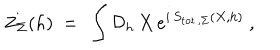
LaTeX: Z _ { \Sigma } ( h ) \ = \ \int { \mathcal D } _ { h } \, X \, e ^ { i \, S _ { \mathrm { t o t . , } \Sigma } ( X , h ) } \ ,